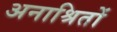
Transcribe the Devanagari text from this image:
अनाश्रितों